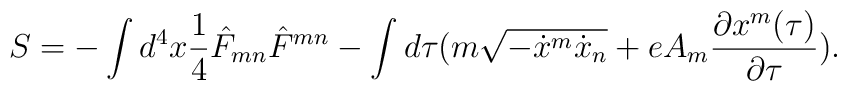
S=-\int d^4 x {1\over 4}{\hat F}_{mn}{\hat F}^{mn}-\int d\tau \big (m \sqrt{-{\dot x}^m{\dot x}_n}+eA_m{{\partial x^m(\tau)}\over{\partial \tau}}\big).